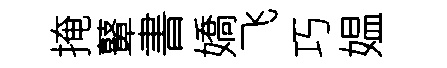
掩鼙書嬌飞巧媪